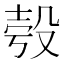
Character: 𣪒